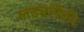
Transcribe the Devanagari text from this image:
लढ्यांपैकी